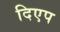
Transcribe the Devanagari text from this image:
दिएप